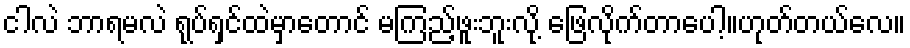
ငါလဲ ဘာရမလဲ ရုပ်ရှင်ထဲမှာတောင် မကြည့်ဖူးဘူးလို့ ဖြေလိုက်တာပေါ့။ဟုတ်တယ်လေ။